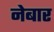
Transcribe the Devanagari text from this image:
नेबार